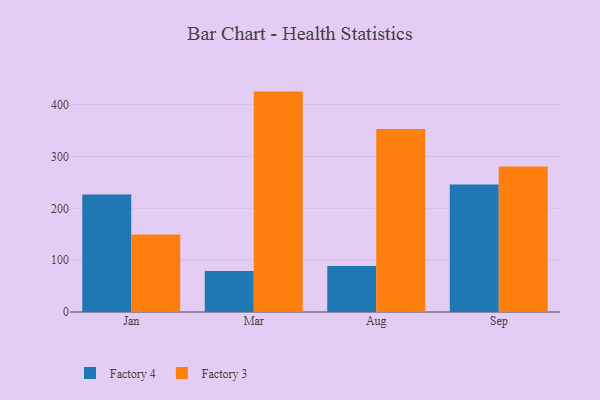
{"axis": {"x": "Month", "y": "Revenue (USD Million)"}, "legend": ["Factory 3", "Factory 4"], "data": [{"x": "Jan", "y": 226.5, "type": "Factory 4"}, {"x": "Jan", "y": 149.7, "type": "Factory 3"}, {"x": "Mar", "y": 79.2, "type": "Factory 4"}, {"x": "Mar", "y": 425.1, "type": "Factory 3"}, {"x": "Aug", "y": 88.9, "type": "Factory 4"}, {"x": "Aug", "y": 353.2, "type": "Factory 3"}, {"x": "Sep", "y": 245.8, "type": "Factory 4"}, {"x": "Sep", "y": 280.6, "type": "Factory 3"}]}